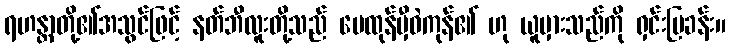
ရဟန္တာတို့၏အသွင်ဖြင့် နတ်ဘီလူးတို့သည် မေထုန်မှီဝဲကုန်၏ ဟု ယူမှားသည်ကို ရှင်းပြခန်း။